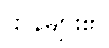
ဌာနများ၏